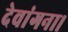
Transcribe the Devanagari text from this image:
देवांगना।